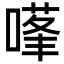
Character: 𭊊